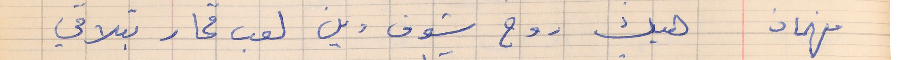
فهمان    هيك روح شوف وين لعب قمار بتلاقي